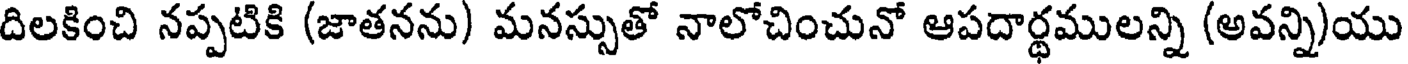
దిలకించి నప్పటికి (జాతనను) మనస్సుతో నాలోచించునో ఆపదార్థములన్ని (అవన్ని)యు